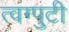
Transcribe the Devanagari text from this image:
त्वग्पुटी